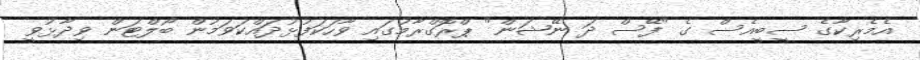
އެމެރިކާގެ ސީބީއެސް ގެ "ފޭސް ދަ ނޭޝަން" ޕްރޮގްރާމުގައި ވާހަކަފުޅުދައްކަވަމުން ބޯލްޓަން ވިދާޅުވީ